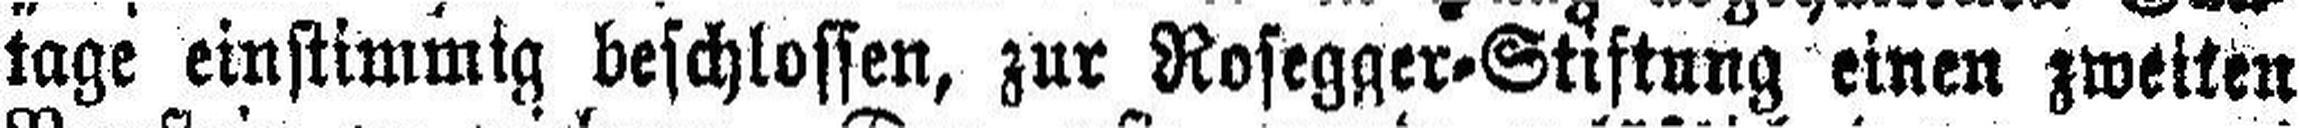
tage einstimmig beschlossen, zur Rosegger=Stiftung einen zweiten